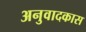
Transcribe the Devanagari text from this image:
अनुवादकास